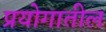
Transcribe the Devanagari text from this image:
प्रयोगातील